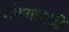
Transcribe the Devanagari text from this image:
वीणावादी